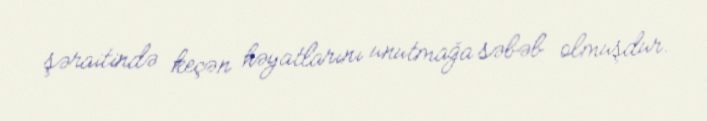
şəraitində keçən həyatlarını unutmağa səbəb olmuşdur.